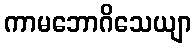
ကာမဘောဂိသေယျာ